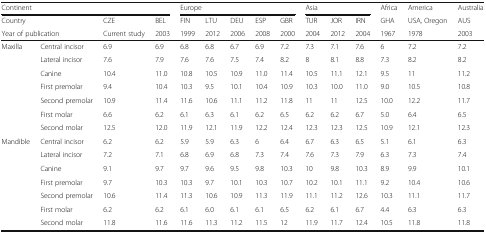
<table><thead><tr><td colspan="4"><b>Continent</b></td><td colspan="5"><b>Europe</b></td><td colspan="3"><b>Asia</b></td><td><b>Africa</b></td><td><b>America</b></td><td><b>Australia</b></td></tr><tr><td><b>Country</b></td><td></td><td><b>CZE</b></td><td><b>BEL</b></td><td><b>FIN</b></td><td><b>LTU</b></td><td><b>DEU</b></td><td><b>ESP</b></td><td><b>GBR</b></td><td><b>TUR</b></td><td><b>JOR</b></td><td><b>IRN</b></td><td><b>GHA</b></td><td><b>USA, Oregon</b></td><td><b>AUS</b></td></tr><tr><td colspan="2"><b>Year of publication</b></td><td><b>Current study</b></td><td><b>2003</b></td><td><b>1999</b></td><td><b>2012</b></td><td><b>2006</b></td><td><b>2008</b></td><td><b>2000</b></td><td><b>2004</b></td><td><b>2012</b></td><td><b>2004</b></td><td><b>1967</b></td><td><b>1978</b></td><td><b>2003</b></td></tr></thead><tbody><tr><td rowspan="7">Maxilla</td><td>Central incisor</td><td>6.9</td><td>6.9</td><td>6.8</td><td>6.8</td><td>6.7</td><td>6.9</td><td>7.2</td><td>7.3</td><td>7.1</td><td>7.6</td><td>6</td><td>7.2</td><td>7.2</td></tr><tr><td>Lateral incisor</td><td>7.6</td><td>7.9</td><td>7.6</td><td>7.6</td><td>7.5</td><td>7.4</td><td>8.2</td><td>8</td><td>8.1</td><td>8.8</td><td>7.3</td><td>8.2</td><td>8.2</td></tr><tr><td>Canine</td><td>10.4</td><td>11.0</td><td>10.8</td><td>10.5</td><td>10.9</td><td>11.0</td><td>11.4</td><td>10.5</td><td>11.1</td><td>12.1</td><td>9.5</td><td>11</td><td>11.2</td></tr><tr><td>First premolar</td><td>9.4</td><td>10.4</td><td>10.3</td><td>9.5</td><td>10.1</td><td>10.4</td><td>10.9</td><td>10.3</td><td>10.0</td><td>11.0</td><td>9.0</td><td>10.5</td><td>10.8</td></tr><tr><td>Second premolar</td><td>10.9</td><td>11.4</td><td>11.6</td><td>10.6</td><td>11.1</td><td>11.2</td><td>11.8</td><td>11</td><td>11</td><td>12.5</td><td>10.0</td><td>12.2</td><td>11.7</td></tr><tr><td>First molar</td><td>6.6</td><td>6.2</td><td>6.1</td><td>6.3</td><td>6.1</td><td>6.2</td><td>6.5</td><td>6.2</td><td>6.2</td><td>6.7</td><td>5.0</td><td>6.4</td><td>6.5</td></tr><tr><td>Second molar</td><td>12.5</td><td>12.0</td><td>11.9</td><td>12.1</td><td>11.9</td><td>12.2</td><td>12.4</td><td>12.3</td><td>12.3</td><td>12.5</td><td>10.9</td><td>12.1</td><td>12.3</td></tr><tr><td rowspan="7">Mandible</td><td>Central incisor</td><td>6.2</td><td>6.2</td><td>5.9</td><td>5.9</td><td>6.3</td><td>6</td><td>6.4</td><td>6.7</td><td>6.3</td><td>6.5</td><td>5.1</td><td>6.1</td><td>6.3</td></tr><tr><td>Lateral incisor</td><td>7.2</td><td>7.1</td><td>6.8</td><td>6.9</td><td>6.8</td><td>7.3</td><td>7.4</td><td>7.6</td><td>7.3</td><td>7.9</td><td>6.3</td><td>7.3</td><td>7.4</td></tr><tr><td>Canine</td><td>9.1</td><td>9.7</td><td>9.7</td><td>9.6</td><td>9.5</td><td>9.8</td><td>10.3</td><td>10</td><td>9.8</td><td>10.3</td><td>8.9</td><td>9.9</td><td>10.1</td></tr><tr><td>First premolar</td><td>9.7</td><td>10.3</td><td>10.3</td><td>9.7</td><td>10.1</td><td>10.3</td><td>10.7</td><td>10.2</td><td>10.1</td><td>11.1</td><td>9.2</td><td>10.4</td><td>10.6</td></tr><tr><td>Second premolar</td><td>10.6</td><td>11.4</td><td>11.3</td><td>10.6</td><td>10.9</td><td>11.3</td><td>11.9</td><td>11.1</td><td>11.2</td><td>12.6</td><td>10.3</td><td>11.1</td><td>11.7</td></tr><tr><td>First molar</td><td>6.2</td><td>6.2</td><td>6.1</td><td>6.0</td><td>6.1</td><td>6.1</td><td>6.5</td><td>6.2</td><td>6.1</td><td>6.7</td><td>4.4</td><td>6.3</td><td>6.3</td></tr><tr><td>Second molar</td><td>11.8</td><td>11.6</td><td>11.6</td><td>11.3</td><td>11.2</td><td>11.5</td><td>12</td><td>11.9</td><td>11.7</td><td>12.4</td><td>10.5</td><td>11.8</td><td>11.8</td></tr></tbody></table>